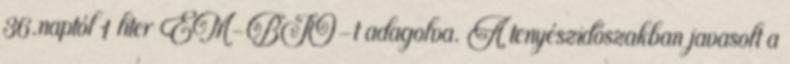
36.naptól 1 liter EM-BIO-t adagolva. A tenyészidőszakban javasolt a